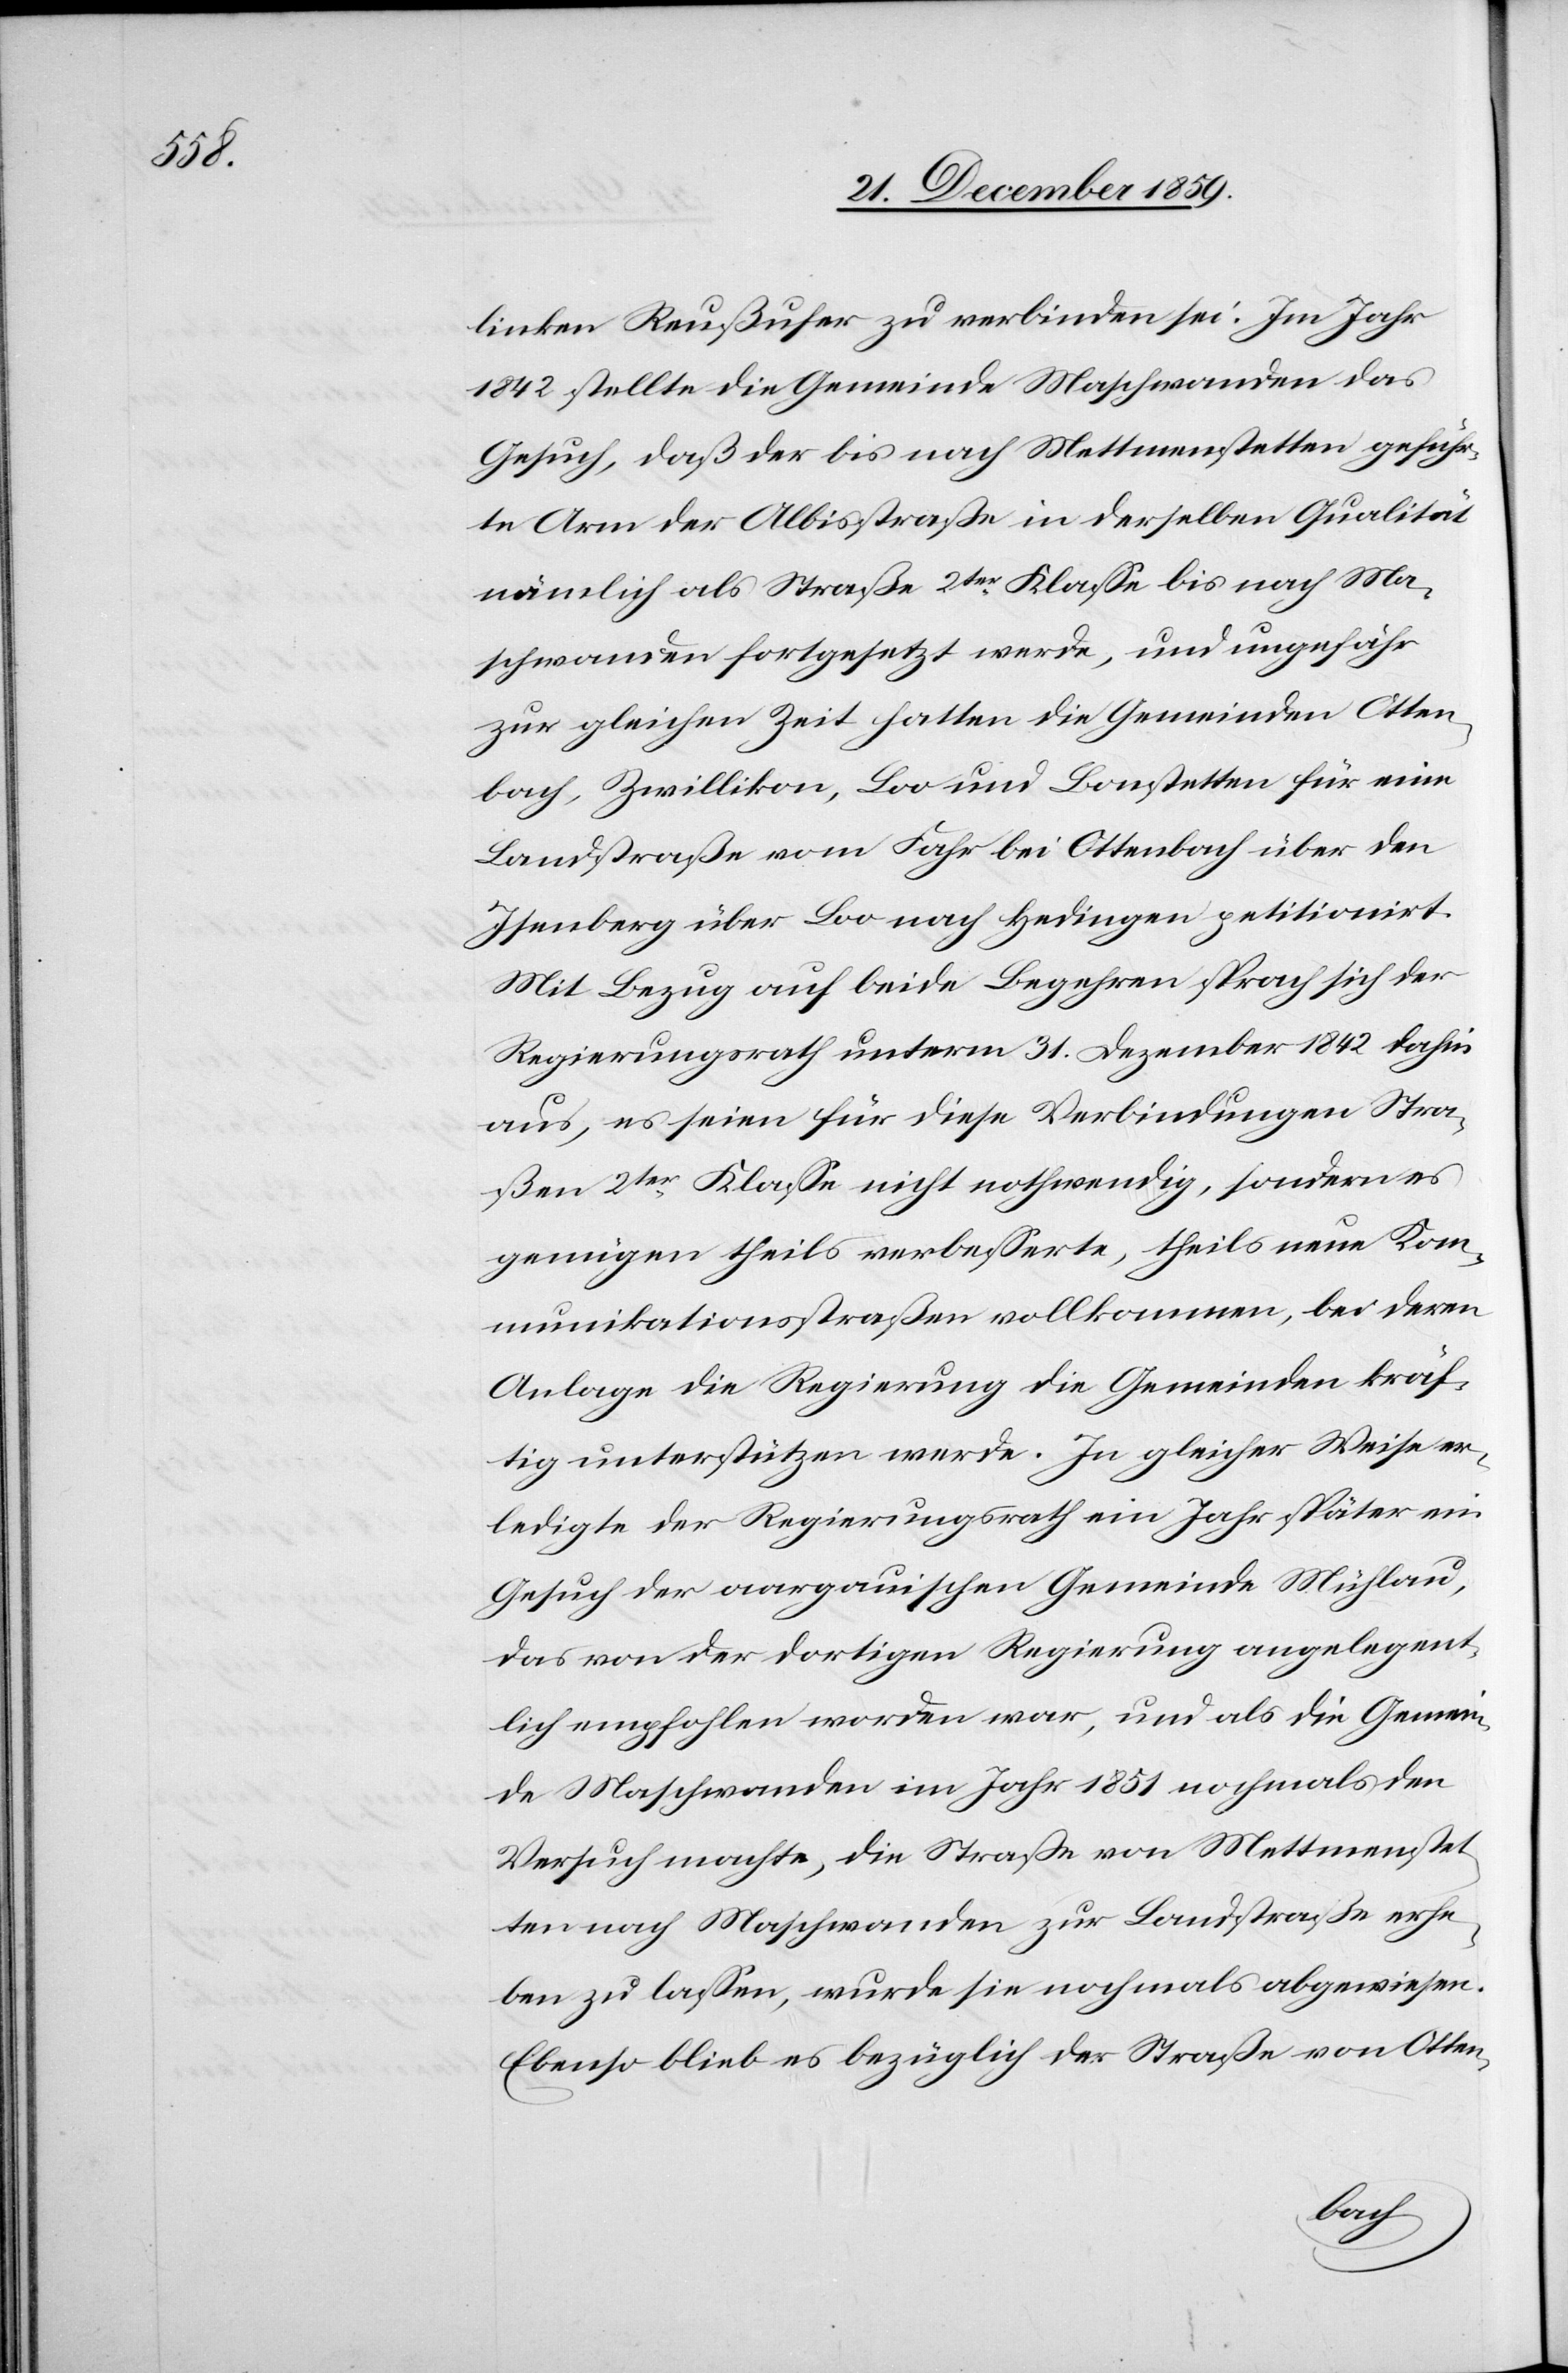
linken Reußufer zu verbinden sei. Im Jahr
1842 stellte die Gemeinde Maschwanden das
Gesuch, daß der bis nach Mettmenstetten geführ¬
te Arm der Albisstraße in derselben Qualität
nämlich als Straße 2ter Klasse bis nach Ma¬
schwanden fortgesetzt werde, und ungefähr
zur gleichen Zeit hatten die Gemeinden Otten¬
bach, Zwillikon, Loo und Bonstetten für eine
Landstraße vom Fahr bei Ottenbach über den
Isenberg über Loo nach Hedingen petitionirt.
Mit Bezug auf beide Begehren sprach sich der
Regierungsrath unterm 31. Dezember 1842 dahin
aus, es seien für diese Verbindungen Stra¬
ßen 2ter Kasse nicht nothwendig, sondern es
genügen theils verbesserte, theils neue Kom¬
munikationsstraßen vollkommen, bei deren
Anlage die Regierung die Gemeinden kräf¬
tig unterstützen werde. In gleicher Weise er¬
ledigte der Regierungsrath ein Jahr später ein
Gesuch der aargauischen Gemeinde Mühlau,
das von der dortigen Regierung angelegent¬
lich empfohlen worden war, und als die Gemein¬
de Maschwanden im Jahr 1851 nochmals der
Versuch machte, die Straße von Mettmenstet¬
ten nach Maschwanden zur Landstraße erhe¬
ben zu lassen, wurde sie nochmals abgewiesen.
Ebenso blieb es bezüglich der Straße von Otten-